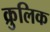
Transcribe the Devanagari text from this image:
क्रुलिक